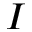
I